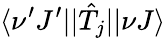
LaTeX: \langle\nu^{\prime}J^{\prime}||\hat{T}_{j}||\nu J\rangle